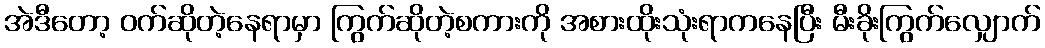
အဲဒီတော့ ဝက်ဆိုတဲ့နေရာမှာ ကြွက်ဆိုတဲ့စကားကို အစားထိုးသုံးရာကနေပြီး မီးခိုးကြွက်လျှောက်